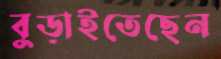
বুড়াইতেছেন